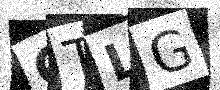
Text: CTLG